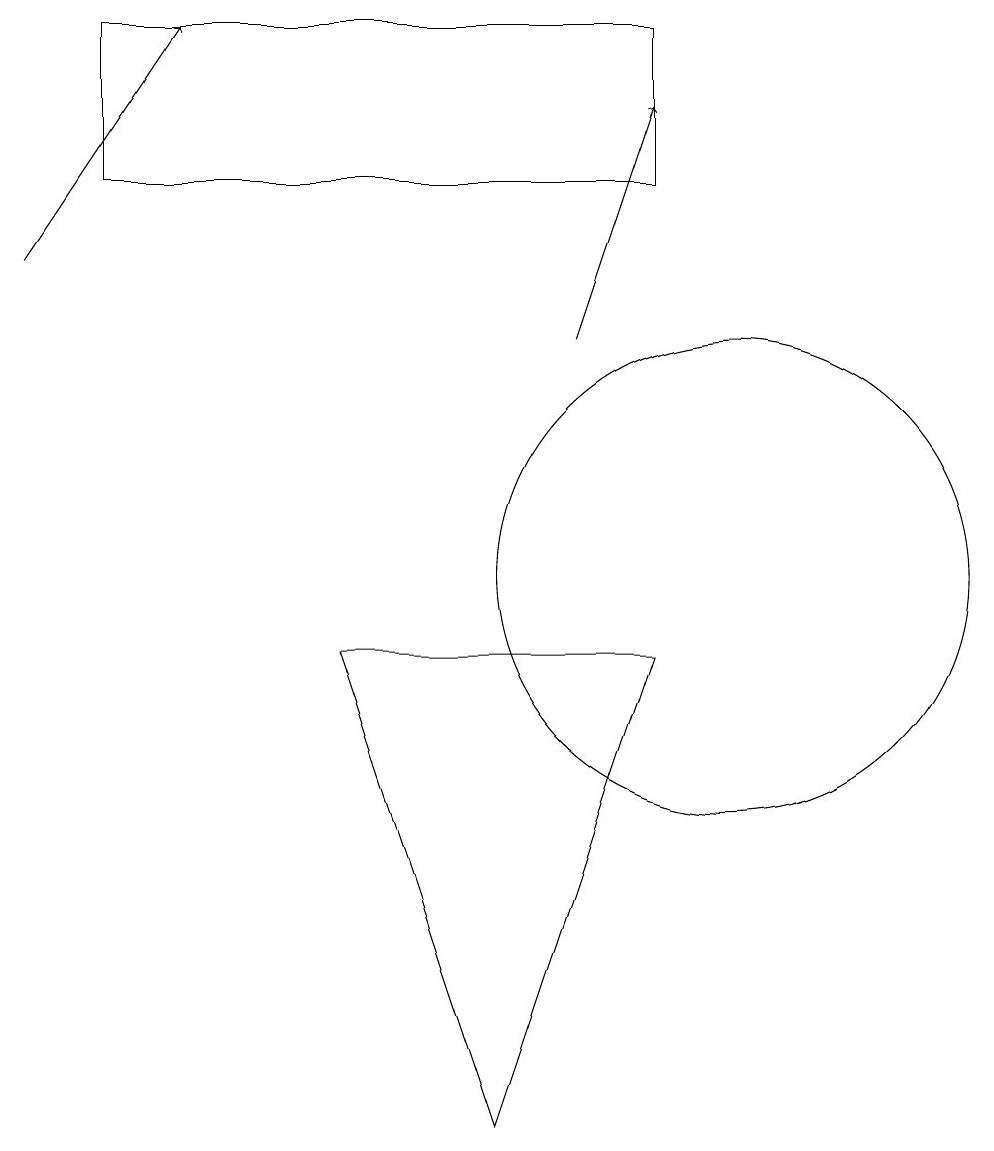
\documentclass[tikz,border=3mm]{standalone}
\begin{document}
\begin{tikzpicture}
\draw (7,3) -- (5,9) -- (9,9) -- cycle;
\draw[->] (8,13) -- (9,16);
\draw[->] (1,14) -- (3,17);
\draw (10,10) circle (3);
\draw (9,17) rectangle (2,15);
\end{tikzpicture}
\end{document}